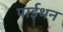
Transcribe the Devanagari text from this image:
पाईथन